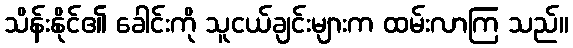
သိန်းနိုင်၏ ခေါင်းကို သူငယ်ချင်းများက ထမ်းလာကြ သည်။